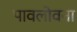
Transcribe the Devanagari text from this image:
पावलोवना